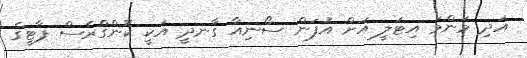
އަދި މަންމަ އިޓަލީ އަށް އުފަން ސޯނިއާ ގާނދީ އަކީ ކޮންގްރެސް ޕާޓީގެ